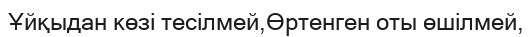
Ұйқыдан көзі тесілмей,Өртенген оты өшілмей,